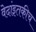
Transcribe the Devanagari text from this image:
वेदांइतकीच